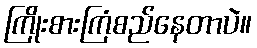
ကြိုးစားကြံစည်နေတာပဲ။